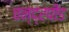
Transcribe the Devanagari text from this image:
चन्द्रपीड